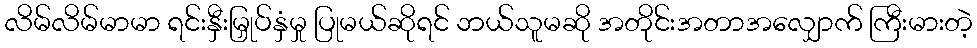
လိမ်လိမ်မာမာ ရင်းနှီးမြှုပ်နှံမှု ပြုမယ်ဆိုရင် ဘယ်သူမဆို အတိုင်းအတာအလျှောက် ကြီးမားတဲ့